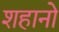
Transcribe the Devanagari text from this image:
शहानो